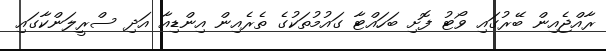
ރާއްޖެއިން ބޭރުގައި ވޯޓު ފޮށި ބަހައްޓާ ގައުމުތަކުގެ ތެރެއިން އިންޑިއާ އަދި ސްރީލަންކާގައި